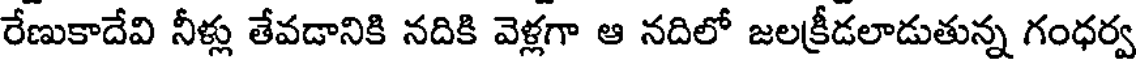
రేణుకాదేవి నీళ్లు తేవడానికి నదికి వెళ్లగా ఆ నదిలో జలక్రీడలాడుతున్న గంధర్వ